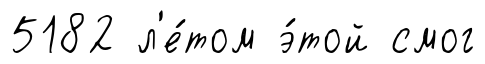
5182 л'е́том э́той смог